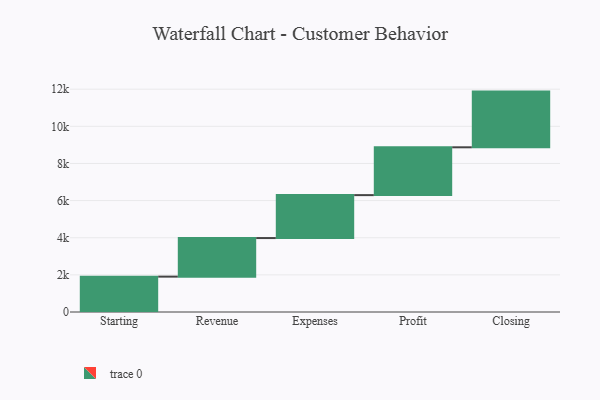
{"axis": {"x": "Step", "y": "Value"}, "legend": [""], "data": [{"x": "Starting", "y": 1905.0, "type": ""}, {"x": "Revenue", "y": 2077.0, "type": ""}, {"x": "Expenses", "y": 2313.0, "type": ""}, {"x": "Profit", "y": 2575.0, "type": ""}, {"x": "Closing", "y": 3000, "type": ""}]}